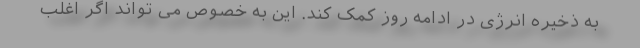
به ذخیره انرژی در ادامه روز کمک کند. این به خصوص می تواند اگر اغلب